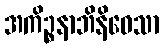
အကိဉ္စနာဘိနိဝေသာ